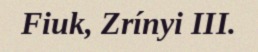
Fiuk, Zrínyi III.